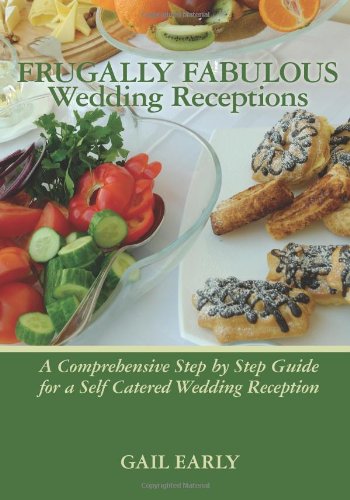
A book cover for Frugally Fabulous Wedding Receptions; Gail Early; Crafts, Hobbies & Home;